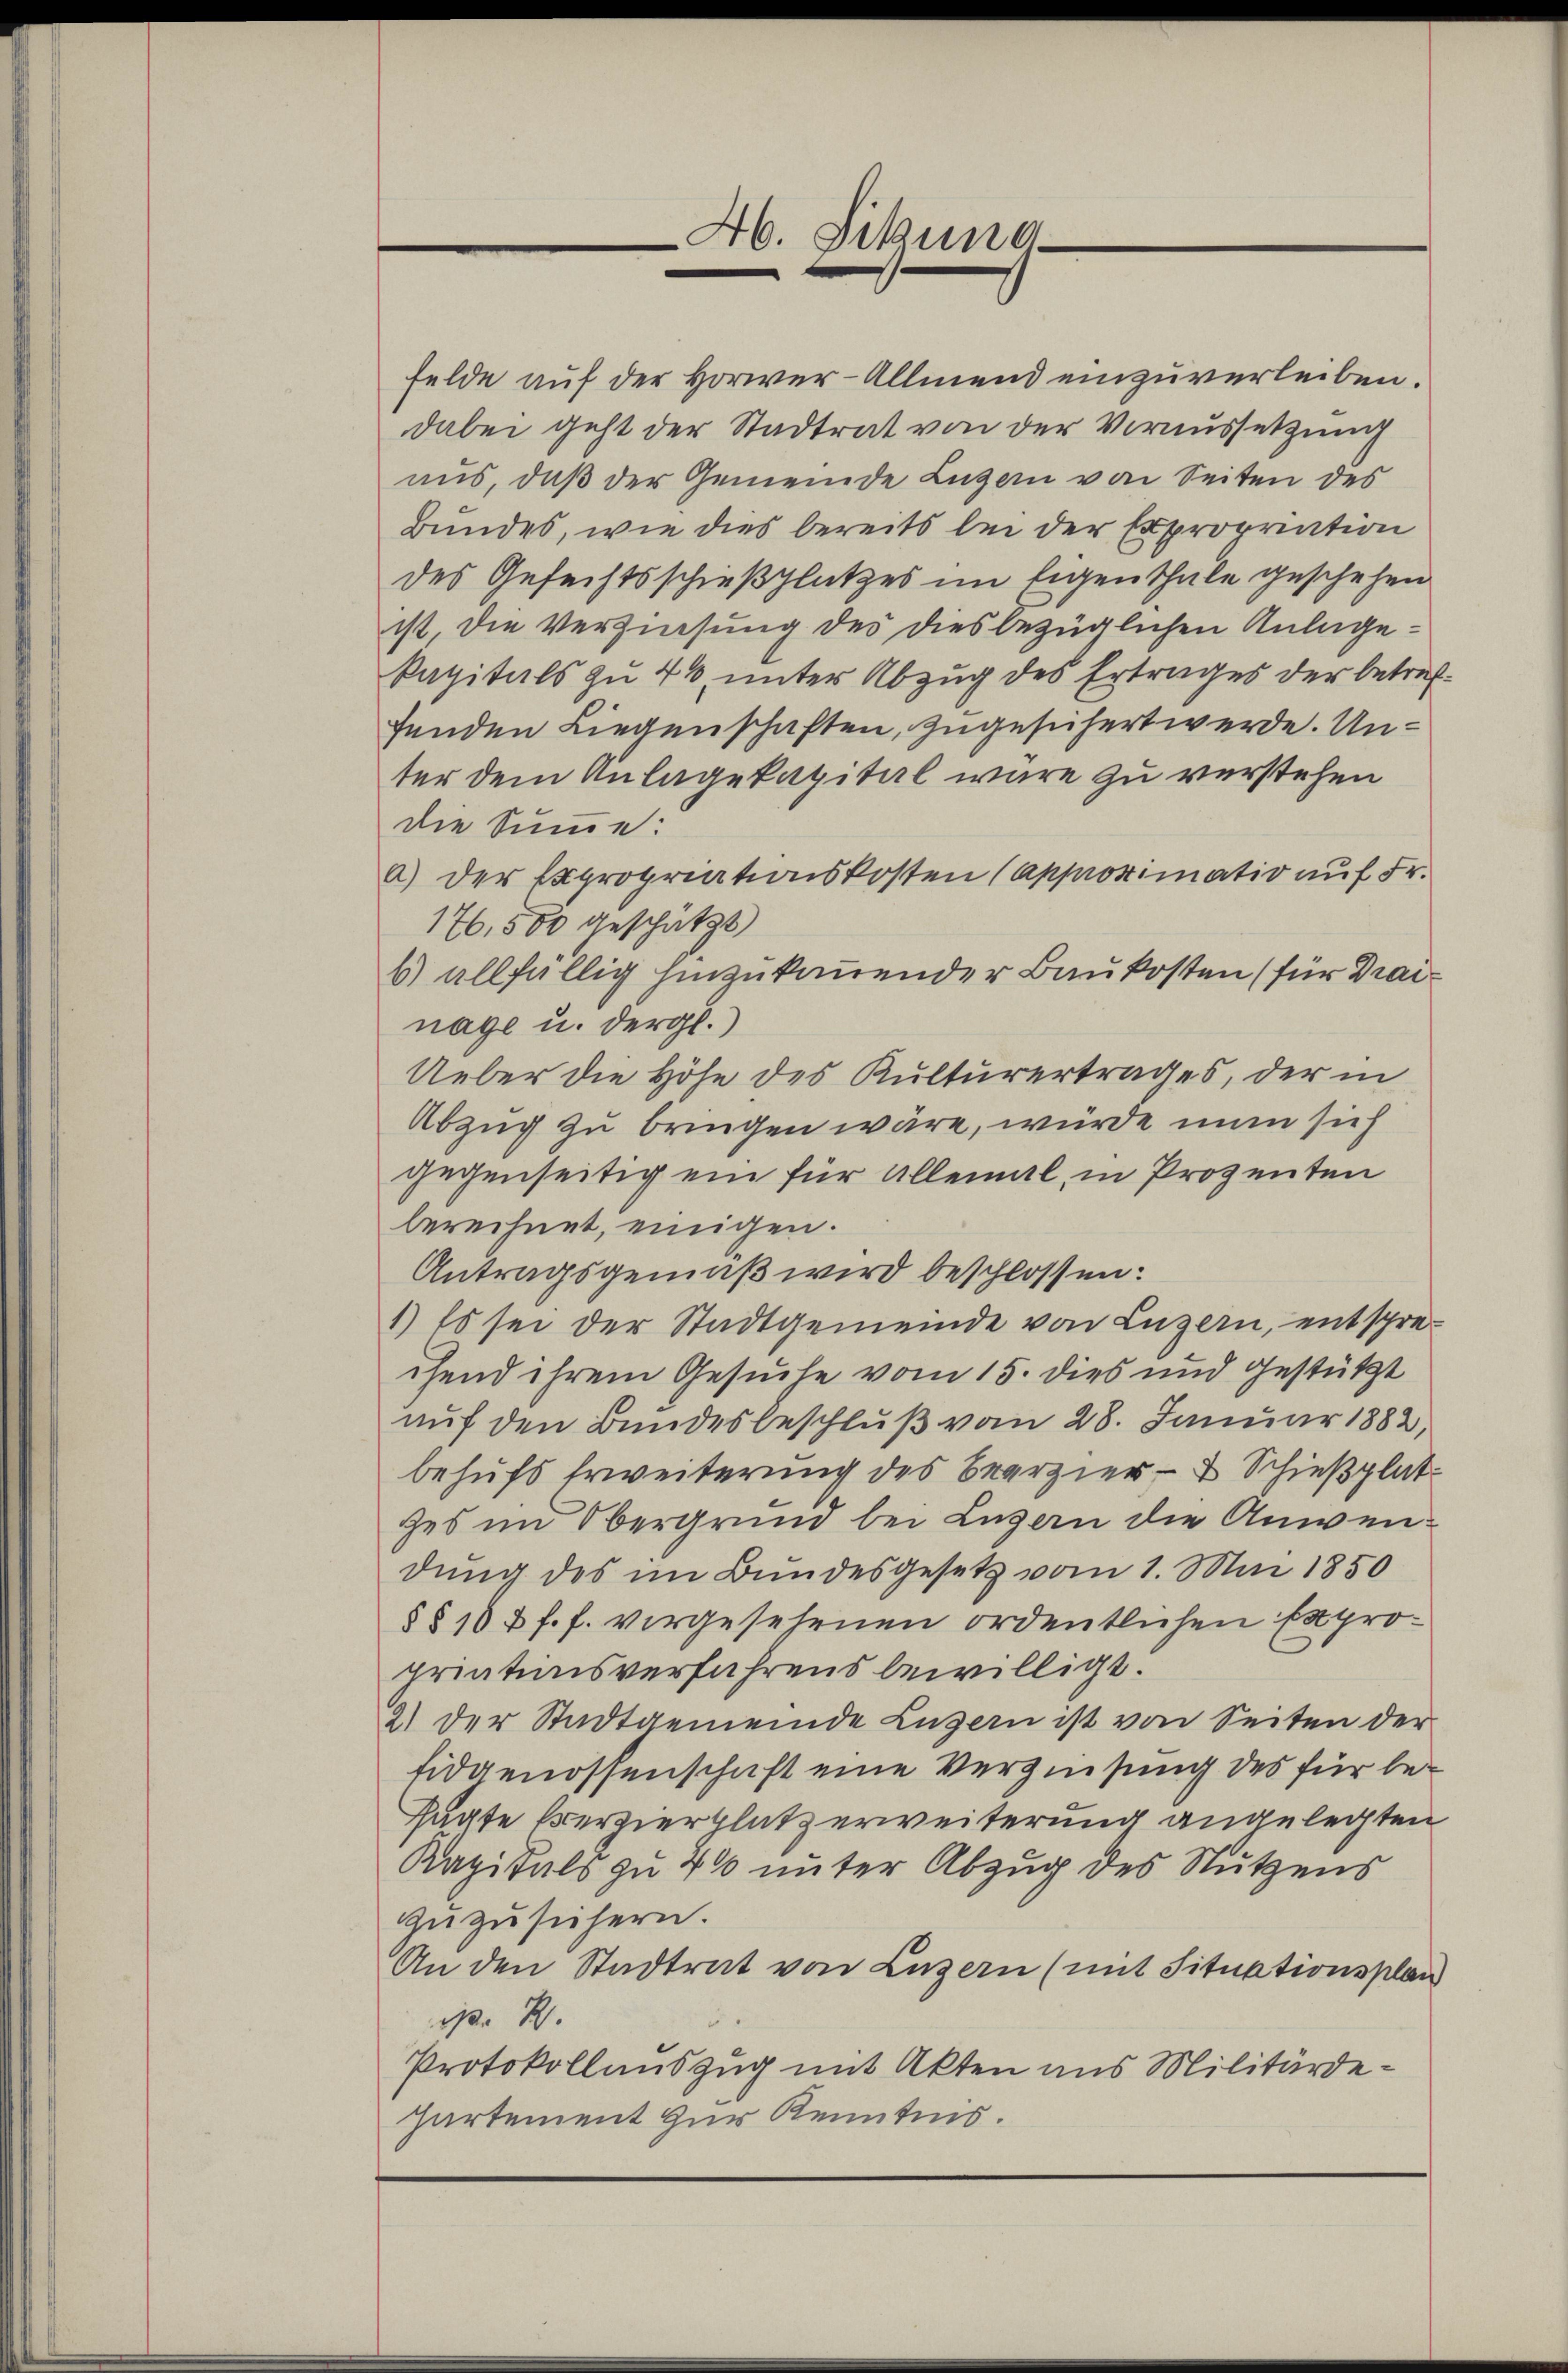
46. Sitzung
e

felde auf der Horwer-Allmend einzuverleiben.
dabei geht der Stadtrat von der Voraussetzung
aus, daß der Gemeinde Luzern von Seiten des
Bundes, wie dies bereits bei der Expropriation
des Gefechtsschießplatzes im Eigenthale geschehen
ist, die Verzinsung des diesbezüglichen Anlage:
kapitals zu 4% unter Abzug des Ertrages der betreffenden Liegenschaften, zugesichert werde. Unter dem Anlagekapital wäre zu verstehen
die Summe:
a) der Expropriationskosten (Approximatio auf Fr.
176,500 geschätzt
6) allfällig hinzukommender Baukosten (für Drainage u. dergl.)
Ueber die Höhe des Kulturertrages, der in
Abzug zu bringen wäre, würde man sich
gegenseitig ein für Allemal, in Prozenten
berechnet, einigen.
Antragsgemäß wird beschlossen:
1) Es sei der Stadtgemeinde von Luzern, entspre-
chend ihrem Gesuche vom 15. dies und gestützt
auf den Bundesbeschluß vom 28. Januar 1882,
behufs Erweiterung des Brerzier- & Schießplatges im Obergrund bei Luzern die Anwendung des im Bundesgesetz vom 1. Mai 1850
§§ 102 f. f. vergesehenen ordentlichen Expropriationsverfahrens bewilligt.
2) der Stadtgemeinde Luzern ist von Seiten der
Eidgenossenschaft eine Verzinsung des für besagte Exerzierplatz erweiterung angelegten
Kapitals zu 40 unter Abzug des Nutzens
zuzusichern.
An den Stadtrat von Luzern (mit Situationsplan
p. 2.
Protokollauszug mit Akten aus Militärdehartement zur Kenntnis.